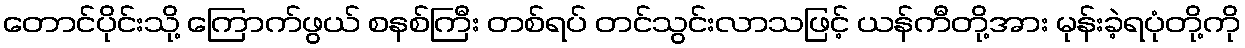
တောင်ပိုင်းသို့ ကြောက်ဖွယ် စနစ်ကြီး တစ်ရပ် တင်သွင်းလာသဖြင့် ယန်ကီတို့အား မုန်းခဲ့ရပုံတို့ကို